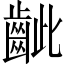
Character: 齜